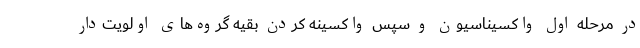
در مرحله اول واکسیناسیون و سپس واکسینه کردن بقیه گروه‌های اولویت‌دار